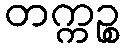
တက္ကဉ္စ